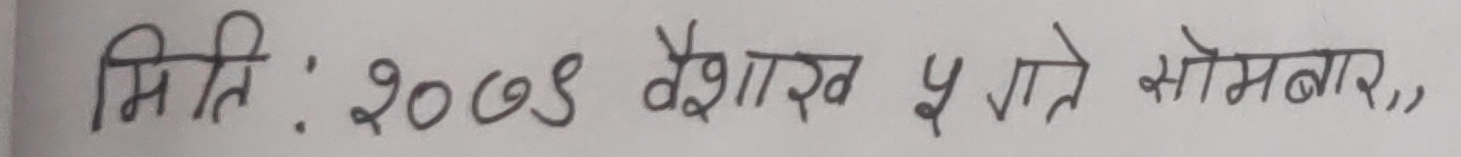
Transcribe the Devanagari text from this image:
मिति : २०७९ वैशाख ५ गते सोमबार,